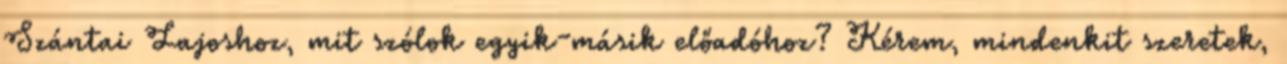
Szántai Lajoshoz, mit szólok egyik-másik előadóhoz? Kérem, mindenkit szeretek,